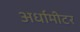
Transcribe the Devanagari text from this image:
अर्धामीटर